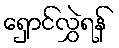
ရှောင်လွှဲရန်